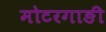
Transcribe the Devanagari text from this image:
मोटरगाङी